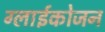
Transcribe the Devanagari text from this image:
ग्लाईकोजन